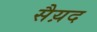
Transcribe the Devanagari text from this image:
सैय़द